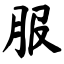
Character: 服